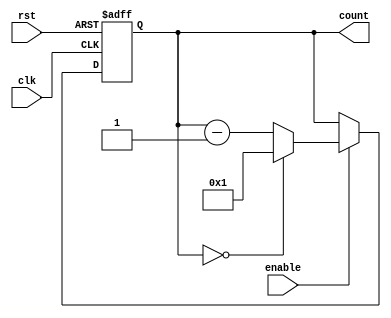
module Binary_Down_Counter_with_Enable (
    input wire clk,
    input wire rst,
    input wire enable,
    output reg [N-1:0] count
);

parameter N = 4; // Number of bits for the counter 

reg [N-1:0] next_count;

always @ (posedge clk or posedge rst) begin
    if (rst) begin
        count <= 0;
    end else if (enable) begin
        count <= next_count;
    end
end

always @ (*) begin
    if (count == 0) begin
        next_count = (N)'b1;
    end else begin
        next_count = count - 1;
    end
end

endmodule